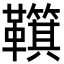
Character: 𩍮